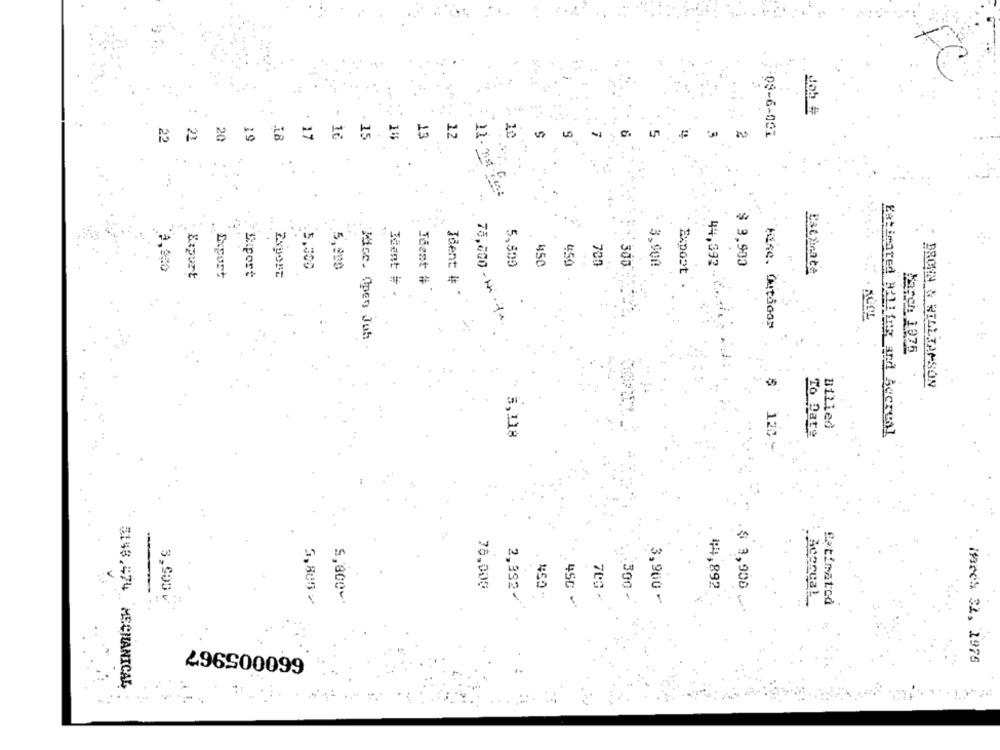
ET
15
12
08-6-001
17
14
11 - nst
5,509
450
450
700
3,900
$ 3,900
:5,300
5,000
Expost
44,392.
Estimate
Bapurt
Export
Suport
Export
Ident #
Ident #
Ident #
78,000 - Nr. 4+.
Hire. Outdoor
Mise. Open Joh
March: 1275
BROWN & WILLIAMSON
Billed
- 5,118
To Date
Estimated Billing and Accreal
76.000
892
$ 3,906
450 .
300
. AggruaL
3,900 v
5,805 /
5,800℃
3,900 -
Betinatod
2,392/
450 +
660005967
Mardi 32, 1976
5198.474 MECHANICAL